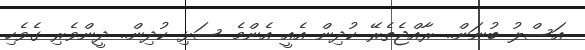
އަސްލު ބުނަން.. ރާއްޖެތެރޭ ކުދިން އެއީ އެންމެ ސަޅި ކުދިން.. ދީންވެރި ގެވެހި